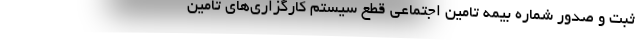
ثبت و صدور شماره بیمه تامین اجتماعی قطع سیستم کارگزاری‌های تامین